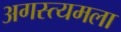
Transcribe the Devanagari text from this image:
अगस्त्यमला